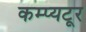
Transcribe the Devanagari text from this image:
कम्प्यटूर